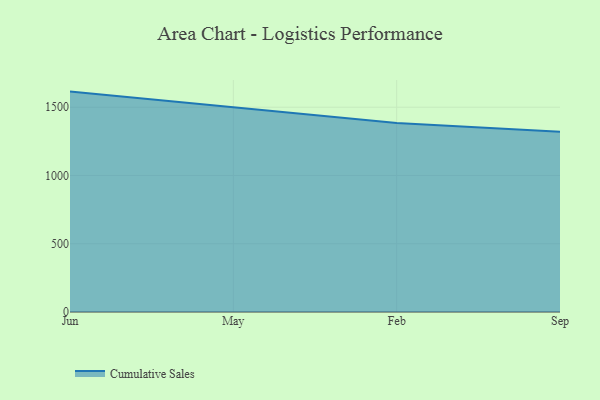
{"axis": {"x": "Month", "y": "Inventory Turnover"}, "legend": ["Cumulative Sales"], "data": [{"x": "Jun", "y": 1614.3, "type": "Cumulative Sales"}, {"x": "May", "y": 1499.2, "type": "Cumulative Sales"}, {"x": "Feb", "y": 1383.8, "type": "Cumulative Sales"}, {"x": "Sep", "y": 1321.1, "type": "Cumulative Sales"}]}